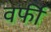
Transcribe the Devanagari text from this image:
वर्फी